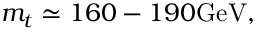
m _ { t } \simeq 1 6 0 - 1 9 0 \mathrm { G e V } ,